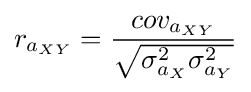
{r_{a_{XY}}}={{cov_{a_{XY}}} \over {\sqrt {\sigma _{a_{X}}^{2}\sigma _{a_{Y}}^{2}}}}